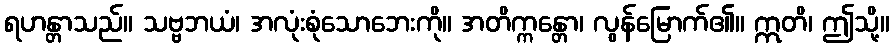
ရဟန္တာသည်။ သဗ္ဗဘယံ၊ အလုံးစုံသောဘေးကို။ အတိက္ကန္တော၊ လွန်မြောက်၏။ ဣတိ၊ ဤသို့။